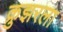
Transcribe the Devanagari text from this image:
क्रुझरला